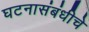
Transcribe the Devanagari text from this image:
घटनासंबंधीचे